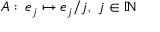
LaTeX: A : \, e _ { j } \mapsto e _ { j } / j , ~ j \in \mathbb { N }